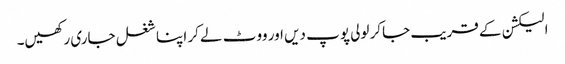
الیکشن کے قریب جاکر لولی پوپ دیں اور ووٹ لے کر اپنا شغل جاری رکھیں۔